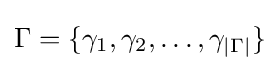
\Gamma =\{\gamma _{1},\gamma _{2},\ldots ,\gamma _{|\Gamma |}\}